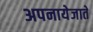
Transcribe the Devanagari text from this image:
अपनायेजाते